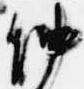
仲